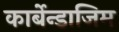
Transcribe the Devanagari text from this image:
कार्बेन्डाजिम